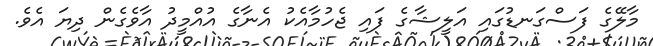
މާލޭގެ ފަސްގަނޑުގައި އަލީޝާގެ ފައި ޖެހުމާއެކު އެނާގެ އުއްމީދު އާވެގެން ދިޔަ އެވެ.